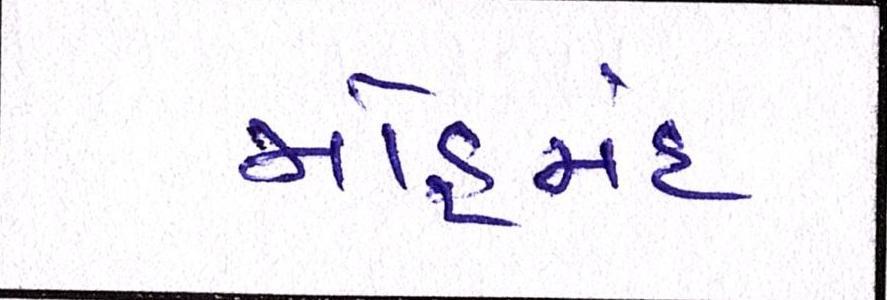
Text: મોહમંદ